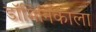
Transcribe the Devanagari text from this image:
डॉमिनिकाला